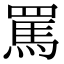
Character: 罵